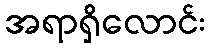
အရာရှိလောင်း